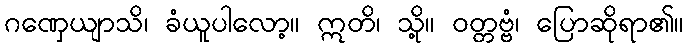
ဂဏှေယျာသိ၊ ခံယူပါလော့။ ဣတိ၊ သို့။ ဝတ္တဗ္ဗံ၊ ပြောဆိုရာ၏။